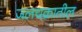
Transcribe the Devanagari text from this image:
जलचक्रातील